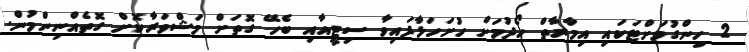
2 ހިންގުމަށްޓަކައި އިމާރާތް ހޯދުމަށް ހުށަހަޅާފައިވާ ސިޓީއާއި ބެހޭ ގޮތަށް މަޝްވަރާކޮށް ގޮތެއްނިންމުން.